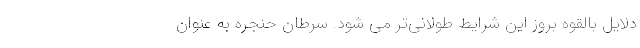
دلایل بالقوه بروز این شرایط طولانی‌تر می شود. سرطان حنجره به عنوان